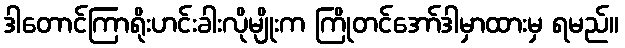
ဒါတောင်ကြာရိုးဟင်းခါးလိုမျိုးက ကြိုတင်အော်ဒါမှာထားမှ ရမည်။